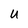
Character: U